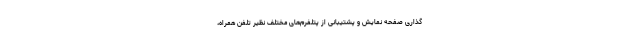
گذاری صفحه نمایش و پشتیبانی از پتلفرم‌های مختلف نظیر تلفن همراه،